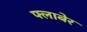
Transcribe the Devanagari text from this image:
फ्लाबेर